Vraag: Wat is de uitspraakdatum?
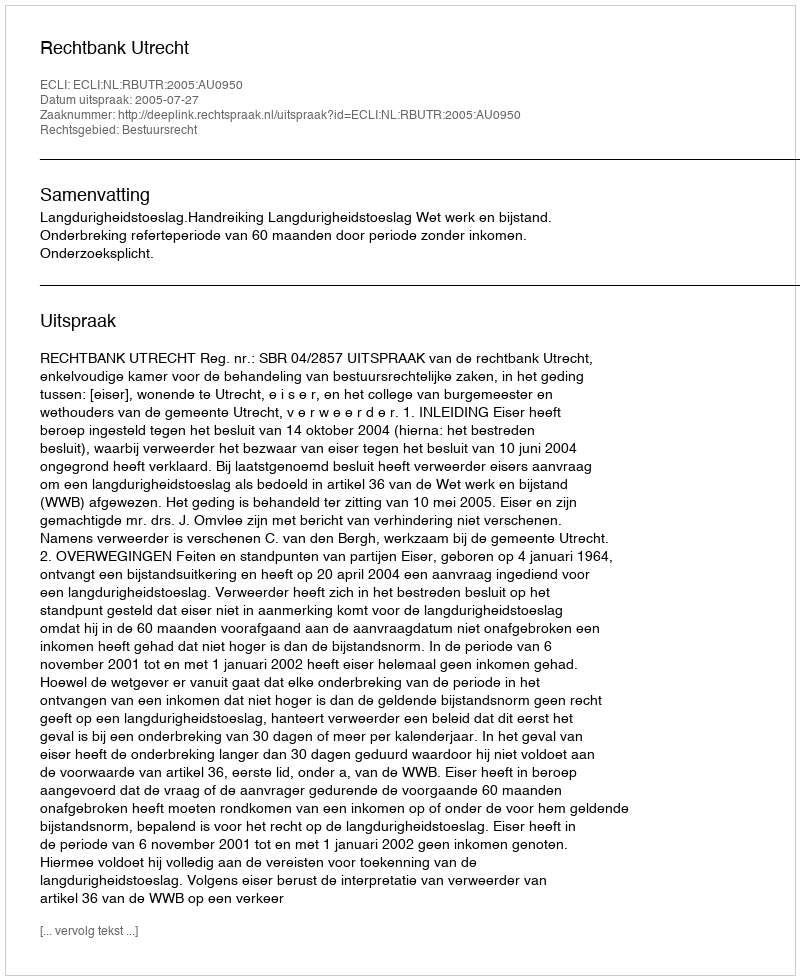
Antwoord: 2005-07-27